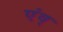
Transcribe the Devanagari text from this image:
एंव्